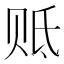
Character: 𰷢